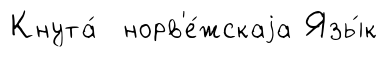
Кнута́ норв'е́жскаjа Язы́к